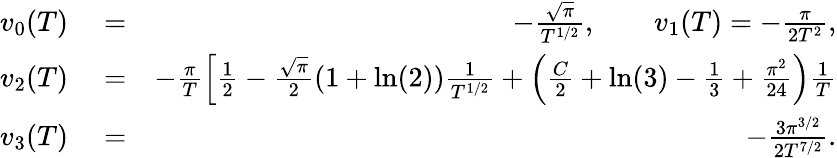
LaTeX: \begin{array}{rlr}{v_{0}(T)}&{{}=}&{-\frac{\sqrt{\pi}}{T^{1/2}},\qquad v_{1}(T)=-\frac{\pi}{2T^{2}},}\\ {v_{2}(T)}&{{}=}&{-\frac{\pi}{T}\left[\frac{1}{2}-\frac{\sqrt{\pi}}{2}(1+\ln(2))\frac{1}{T^{1/2}}+\left(\frac{C}{2}+\ln(3)-\frac{1}{3}+\frac{\pi^{2}}{24}\right)\frac{1}{T}\right.}\\ {v_{3}(T)}&{{}=}&{-\frac{3\pi^{3/2}}{2T^{7/2}}.}\end{array}